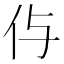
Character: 𠇐